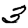
Digit: 3